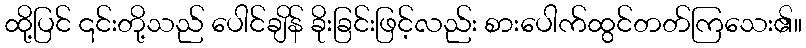
ထို့ပြင် ၎င်းတို့သည် ပေါင်ချိန် ခိုးခြင်းဖြင့်လည်း စားပေါက်ထွင်တတ်ကြသေး၏။